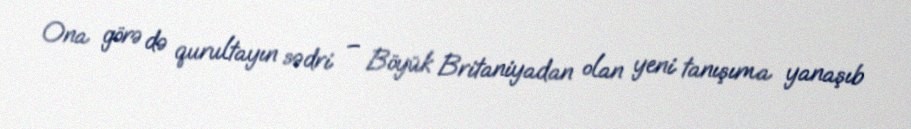
Ona görə də qurultayın sədri – Böyük Britaniyadan olan yeni tanışıma yanaşıb